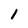
Character: 1